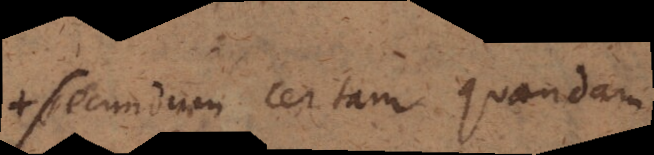
+ secundum certam quandam